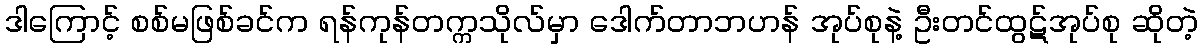
ဒါကြောင့် စစ်မဖြစ်ခင်က ရန်ကုန်တက္ကသိုလ်မှာ ဒေါက်တာဘဟန် အုပ်စုနဲ့ ဦးတင်ထွဋ်အုပ်စု ဆိုတဲ့